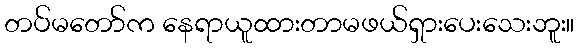
တပ်မတော်က နေရာယူထားတာမဖယ်ရှားပေးသေးဘူး။